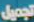
تجميل